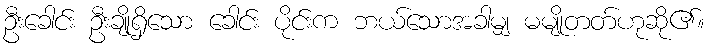
ဦးခေါင်း ဦးချိုရှိသော ခေါင်း ပိုင်းက ဘယ်သောအခါမျှ မမျိုတတ်ဟုဆို၏။